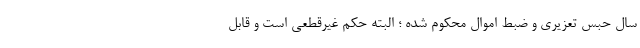
سال حبس تعزیری و ضبط اموال محکوم شده ؛ البته حکم غیرقطعی است و قابل